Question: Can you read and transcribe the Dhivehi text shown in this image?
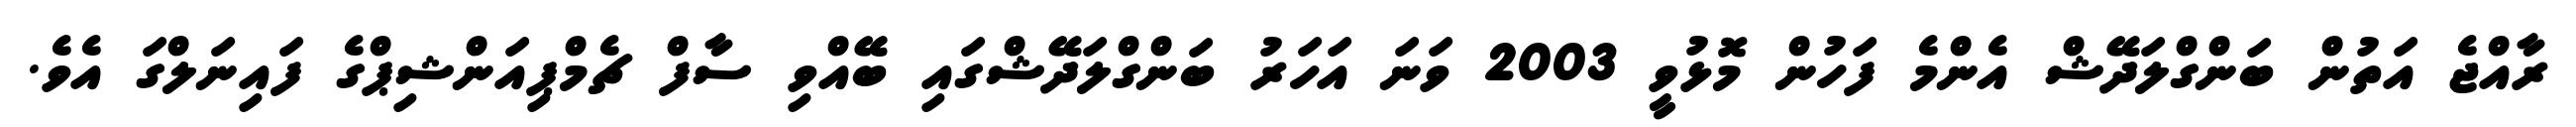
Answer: ރާއްޖެ އަތުން ބަންގްލަދޭޝް އެންމެ ފަހުން މޮޅުވީ 2003 ވަނަ އަހަރު ބަންގްލަދޭޝްގައި ބޭއްވި ސާފް ޗެމްޕިއަންޝިޕްގެ ފައިނަލްގަ އެވެ.